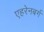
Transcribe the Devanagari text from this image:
एहरेनबर्ग